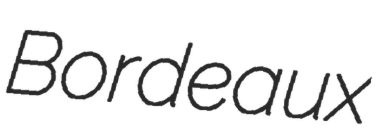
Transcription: Bordeaux